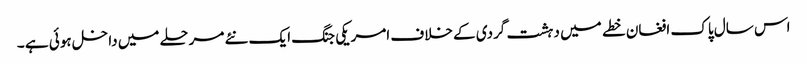
اس سال پاک افغان خطے میں دہشت گردی کے خلاف امریکی جنگ ایک نئے مرحلے میں داخل ہوئی ہے ۔